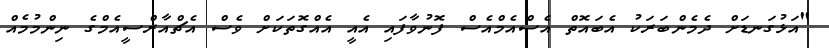
"އަޅުގަނޑަށް ދެމެންބަރަކު އެބައޮތް އެސްއެމްއެސް ފޮނުވާފައި އެއީ އެއްގޮތަކަށް ވެސް އެޗްއާރްސީއެމްގެ ނިންމުމެއް